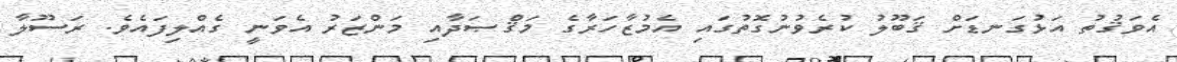
އެވަޤުތު އަޅުގަނޑަށް ޤަބޫލު ކުރެވުނުގޮތުގައި އެމުޒާހަރާގެ މަޤްޞަދާއި މަންޒަރު އެވަނީ ގެއްލިފައެވެ. ރަސޫލާ